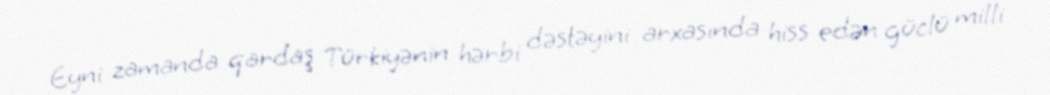
Eyni zamanda qardaş Türkiyənin hərbi dəstəyini arxasında hiss edən güclü milli